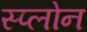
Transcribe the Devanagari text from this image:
स्प्लोन